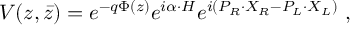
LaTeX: V ( z , \bar { z } ) = e ^ { - q \Phi ( z ) } e ^ { i \alpha \cdot H } e ^ { i ( P _ { R } \cdot X _ { R } - P _ { L } \cdot X _ { L } ) } \; ,